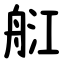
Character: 䑭